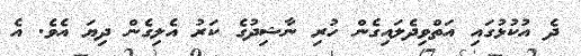
ދެ އުކުޅުގައި އަތްވިދެލައިގެން ހުރި ނާޝިދުގެ ކަރު އެލިގެން ދިޔަ އެވެ. އެ